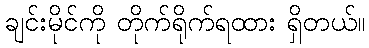
ချင်းမိုင်ကို တိုက်ရိုက်ရထား ရှိတယ်။